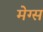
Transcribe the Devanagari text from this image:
मेग्स